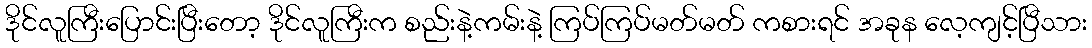
ဒိုင်လူကြီးပြောင်းပြီးတော့ ဒိုင်လူကြီးက စည်းနဲ့ကမ်းနဲ့ ကြပ်ကြပ်မတ်မတ် ကစားရင် အခုန လေ့ကျင့်ပြီသား